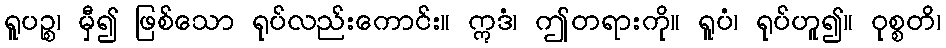
ရူပဉ္စ၊ မှီ၍ ဖြစ်သော ရုပ်လည်းကောင်း။ ဣဒံ၊ ဤတရားကို။ ရူပံ၊ ရုပ်ဟူ၍။ ဝုစ္စတိ၊